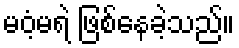
မဝံ့မရဲ ဖြစ်နေခဲ့သည်။